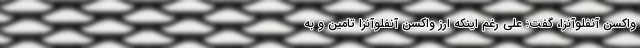
واکسن آنفلوآنزا، گفت: علی رغم اینکه ارز واکسن آنفلوآنزا تامین و به